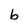
Character: b